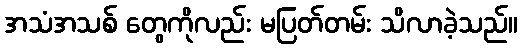
အသံအသစ် တွေကိုလည်း မပြတ်တမ်း သိလာခဲ့သည်။